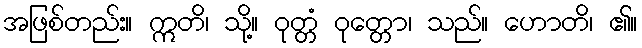
အဖြစ်တည်း။ ဣတိ၊ သို့။ ဝုတ္တံ ဝုတ္တော၊ သည်။ ဟောတိ၊ ၏။